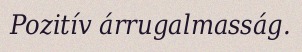
Pozitív árrugalmasság.